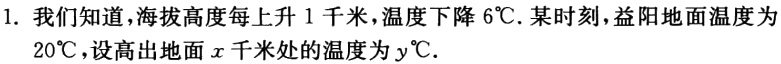
1. 我们知道，海拔高度每上升 1 千米，温度下降 \(6^{\circ}C\). 某时刻，益阳地面温度为 \(20^{\circ}C\)，设高出地面 \(x\) 千米处的温度为 \(y^{\circ}C\).